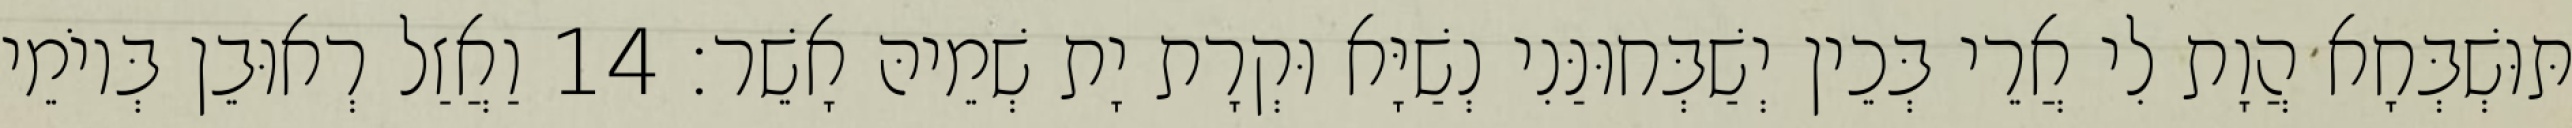
תּוּשְׁבְּחָא הֲוָת לִי אֲרֵי בְּכֵין יְשַׁבְּחוּנַּנִי נְשַׁיָּא וּקְרָת יָת שְׁמֵיהּ אָשֵׁר׃ 14 וַאֲזַל רְאוּבֵן בְּיוֹמֵי